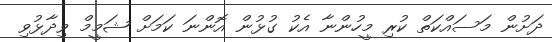
ދަށުން މަސައްކަތް ކުރި މީހުންނާ އެކު ގުޅުން އޮންނަ ކަމަށް ޝަމީމް ވިދާޅުވި